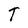
Character: T